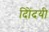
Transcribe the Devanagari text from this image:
दिोंदयी